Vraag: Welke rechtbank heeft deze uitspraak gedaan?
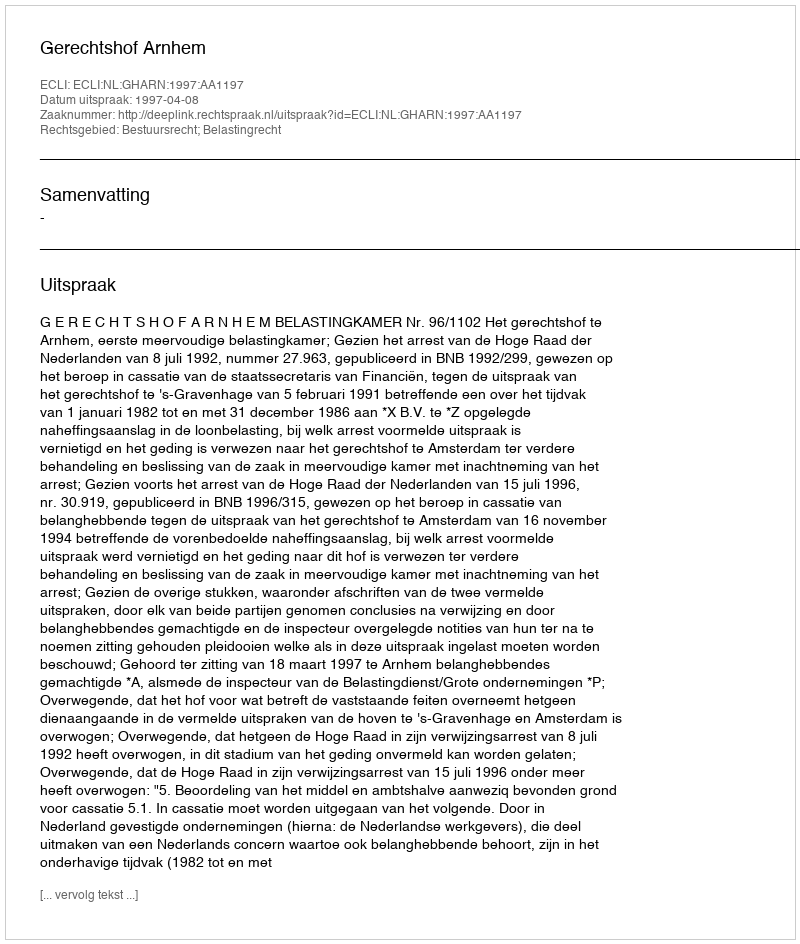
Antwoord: Gerechtshof Arnhem